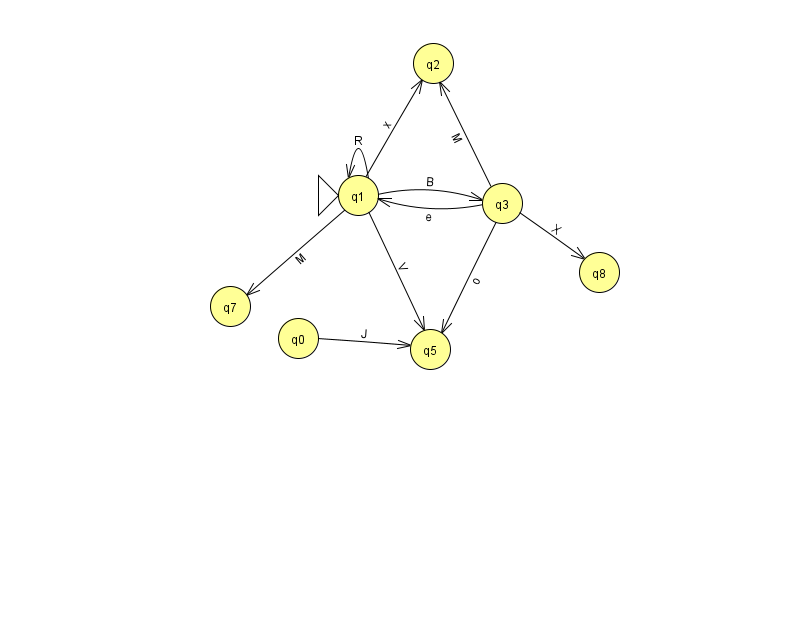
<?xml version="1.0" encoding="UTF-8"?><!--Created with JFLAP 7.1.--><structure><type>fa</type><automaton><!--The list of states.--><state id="0" name="q0"><x>298.0</x><y>325.0</y></state><state id="1" name="q1"><x>358.0</x><y>182.0</y><initial/></state><state id="2" name="q2"><x>433.0</x><y>50.0</y></state><state id="3" name="q3"><x>502.0</x><y>190.0</y></state><state id="4" name="q4"><x>908.0</x><y>142.0</y><final/></state><state id="5" name="q5"><x>430.0</x><y>336.0</y></state><state id="6" name="q6"><x>966.0</x><y>54.0</y></state><state id="7" name="q7"><x>230.0</x><y>293.0</y></state><state id="8" name="q8"><x>599.0</x><y>259.0</y></state><!--The list of transitions.--><transition><from>1</from><to>1</to><read>R</read></transition><transition><from>3</from><to>8</to><read>X</read></transition><transition><from>1</from><to>2</to><read>x</read></transition><transition><from>0</from><to>5</to><read>J</read></transition><transition><from>1</from><to>3</to><read>B</read></transition><transition><from>3</from><to>2</to><read>M</read></transition><transition><from>1</from><to>7</to><read>M</read></transition><transition><from>4</from><to>6</to><read>e</read></transition><transition><from>3</from><to>5</to><read>o</read></transition><transition><from>1</from><to>5</to><read>V</read></transition><transition><from>3</from><to>1</to><read>e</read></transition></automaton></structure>